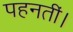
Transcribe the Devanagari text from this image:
पहनतीं।